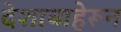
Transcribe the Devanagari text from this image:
देशाबाहेरून